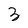
Character: 3